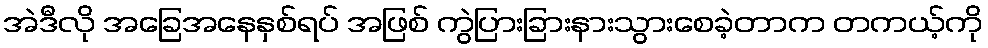
အဲဒီလို အခြေအနေနှစ်ရပ် အဖြစ် ကွဲပြားခြားနားသွားစေခဲ့တာက တကယ့်ကို